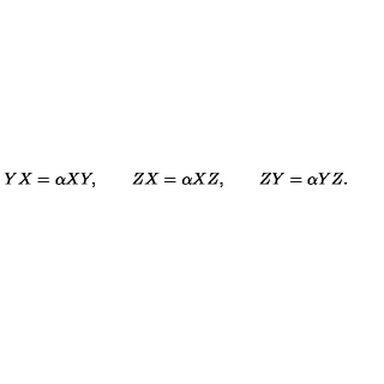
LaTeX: Y X = \alpha X Y , \qquad Z X = \alpha X Z , \qquad Z Y = \alpha Y Z .